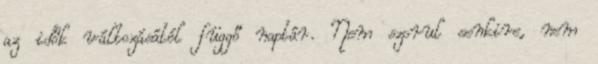
az idők változásától függő naptár. Nem szorul senkire, nem